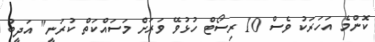
ކޮންމެ އަހަރަކު ވެސް 10 ރިސޯޓް ހުޅުވޭ ވަރަށް މަސައްކަތް ކުރަނީ" އަދީބު